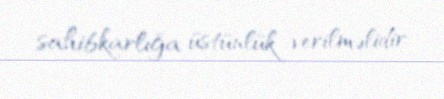
sahibkarlığa üstünlük verilməlidir.